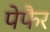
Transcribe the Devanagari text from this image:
पेफैर